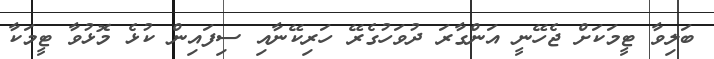
ބަލިވާ ޓީމަކަށް ޖެހޭނީ އަންގާރަ ދުވަހުގެރޭ ހަރިކޭނާއި ސިފައިން ކުޅެ މޮޅުވާ ޓީމަކާ